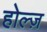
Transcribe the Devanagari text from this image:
होल्ज़